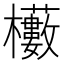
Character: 𭬼